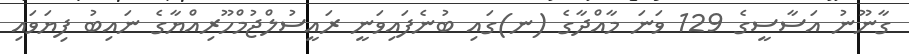
ގާނޫނު އަސާސީގެ 129 ވަނަ މާއްދާގެ (ނ)ގައި ބުނެފައިވަނީ ރައީސުލްޖުމްހޫރިއްޔާގެ ނައިބު ފިޔަވައި